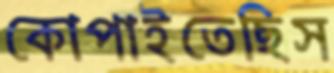
কোপাইতেছিস